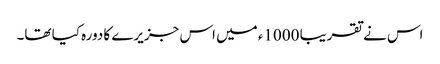
اس نے تقریبا 1000ء میں اس جزیرے کا دورہ کیا تھا۔